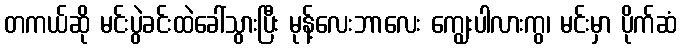
တကယ်ဆို မင်းပွဲခင်းထဲခေါ်သွားပြီး မုန့်လေးဘာလေး ကျွေးပါလားကွ၊ မင်းမှာ ပိုက်ဆံ